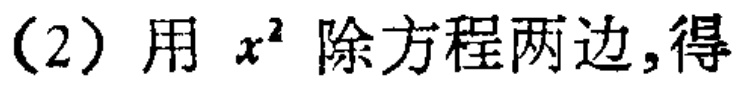
(2) 用 \(x^{2}\) 除方程两边,得